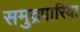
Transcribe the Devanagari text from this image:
समुद्रपारिया